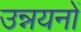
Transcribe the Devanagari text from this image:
उन्नयनों